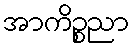
အာကိဉ္စညာ